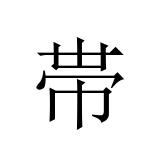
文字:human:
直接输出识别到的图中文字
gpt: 帯